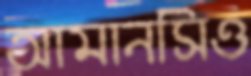
আমানসিও